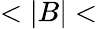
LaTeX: <|B|<